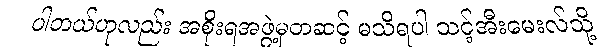
ပါတယ်ဟုလည်း အစိုးရအဖွဲ့မှတဆင့် မသိရပါ သင့်အီးမေးလ်သို့